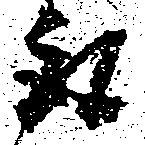
取